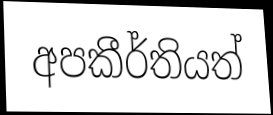
අපකීර්තියත්